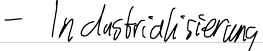
- Industrialisierung